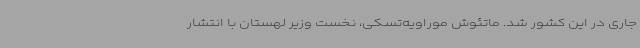
جاری در این کشور شد. ماتئوش موراویه‌تسکی، نخست وزیر لهستان با انتشار